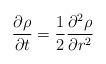
LaTeX: \begin{align*} \frac{\partial \rho}{\partial t} = \frac 12 \frac{\partial^2 \rho}{\partial r^2} \end{align*}